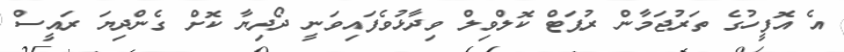
އެ އޮފީހުގެ ތަރުޖަމާން ރުޕަޓް ކޮލްވިލް ވިދާޅުވެފައިވަނީ ދޯދިޔާ ކޮށް ގެންދިޔަ ރައީސް